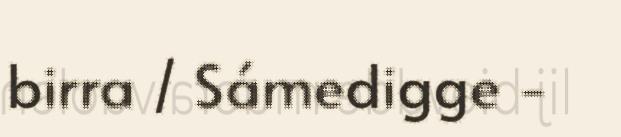
birra / Sámedigge -